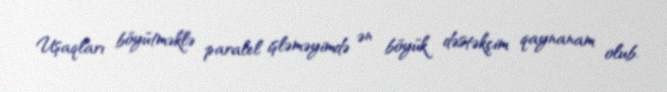
Uşaqları böyütməklə paralel işləməyimdə ən böyük dəstəkçim qaynanam olub.